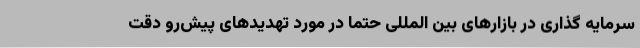
سرمایه گذاری در بازارهای بین المللی حتما در مورد تهدیدهای پیش‌رو دقت